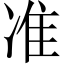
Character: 准